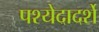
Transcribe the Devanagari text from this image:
पश्येदादर्शे